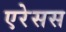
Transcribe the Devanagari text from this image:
एरेसस